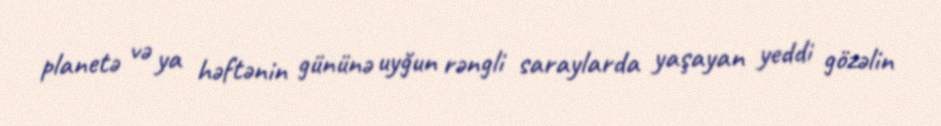
planetə və ya həftənin gününə uyğun rəngli saraylarda yaşayan yeddi gözəlin